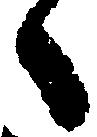
々